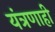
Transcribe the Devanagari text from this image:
यंत्रणाही